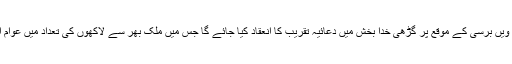
شہید ذوالفقار علی بھٹو کی 39 ویں برسی کے موقع پر گڑھی خدا بخش میں دعائیہ تقریب کا انعقاد کیا جائے گا جس میں ملک بھر سے لاکھوں کی تعداد میں عوام اور کارکنان شرکت کریں گے۔